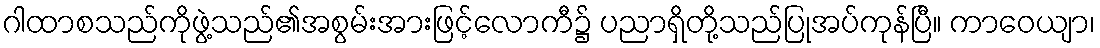
ဂါထာစသည်ကိုဖွဲ့သည်၏အစွမ်းအားဖြင့်လောကီ၌ ပညာရှိတို့သည်ပြုအပ်ကုန်ပြီ။ ကာဝေယျာ၊